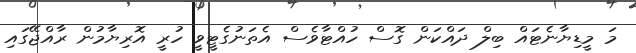
މަ މީޑިޔާނެޓައް ބިލް ދަައްކަން ގޮސް ހުއްޓާވެސް އެތަނުގެޓީވީ ހުރީ އޮރިޔާމުން ރާއްޖޭގައި